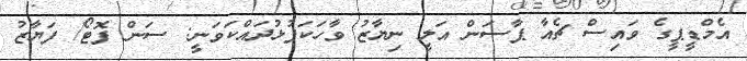
އެމްޑީޕީގެ ވައިސް ޗެއާ ޕާސަން އަލީ ނިޔާޒު ވާހަކަފުޅުދައްކަވަނީ: ސަން ފޮޓޯ/ ފަޔާޒު